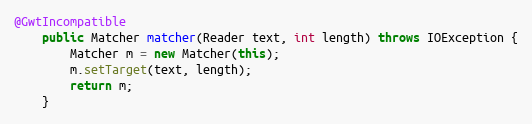
Language: Java
@GwtIncompatible
    public Matcher matcher(Reader text, int length) throws IOException {
        Matcher m = new Matcher(this);
        m.setTarget(text, length);
        return m;
    }